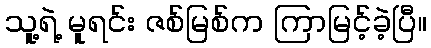
သူ့ရဲ့ မူရင်း ဇစ်မြစ်က ကြာမြင့်ခဲ့ပြီ။